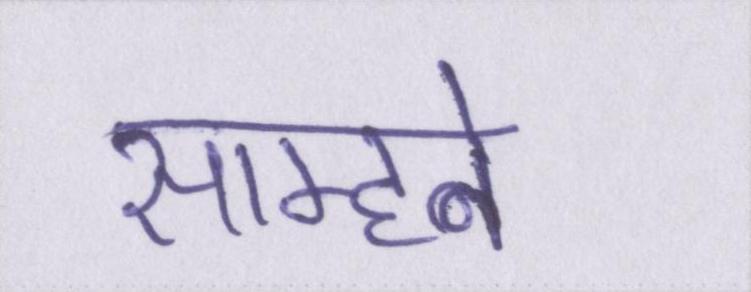
साम्हने